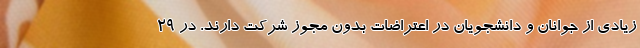
زیادی از جوانان و دانشجویان در اعتراضات بدون مجوز شرکت دارند. در ۲۹